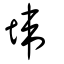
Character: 㙔